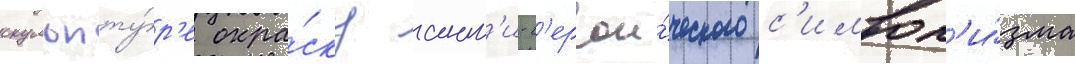
скульпту́р'е окра́ску ант'и-г'ерои́ческого с'имвол'и́зма